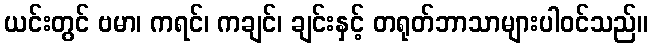
ယင်းတွင် ဗမာ၊ ကရင်၊ ကချင်၊ ချင်းနှင့် တရုတ်ဘာသာများပါဝင်သည်။